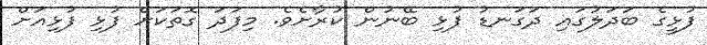
ފުޅީގެ ބަދަލުގައި ދަގަނޑު ފުޅި ބޭނުން ކުރާށެވެ. މިފަދަ ގޮތަކަށް ފުޅި ފުޅިއަށް